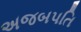
અજબપતિ